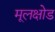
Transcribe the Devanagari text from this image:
मूलक्षोड